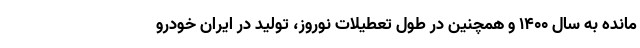
مانده به سال ۱۴۰۰ و همچنین در طول تعطیلات نوروز، تولید در ایران خودرو